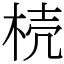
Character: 𣒆